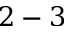
2 - 3